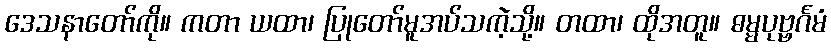
ဒေသနာတော်ကို။ ကတာ ယထာ၊ ပြုတော်မူအပ်သကဲ့သို့။ တထာ၊ ထိုအတူ။ ဓမ္မပုဗ္ဗင်္ဂမံ